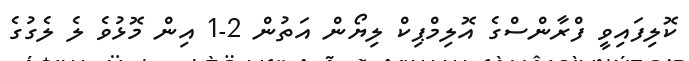
ކޮލިފައިވީ ފްރާންސްގެ އޮލިމްޕިކް ލިޔޯން އަތުން 2-1 އިން މޮޅުވެ ލެ ލެގުގެ